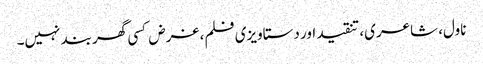
ناول، شاعری، تنقید اور دستاویزی فلم، غرض کسی گھر بند نہیں۔